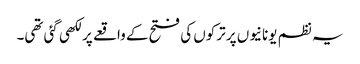
یہ نظم یونانیوں پر ترکوں کی فتح کے واقعے پر لکھی گئی تھی۔